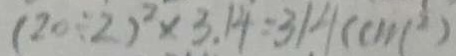
( 2 0 \div 2 ) ^ { 2 } \times 3 . 1 4 = 3 1 4 ( c m ^ { 2 } )